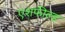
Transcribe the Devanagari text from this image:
एशफील्ड